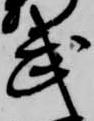
武